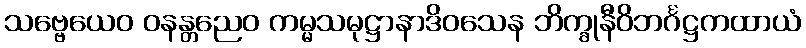
သဗ္ဗေယေဝ ဝနန္တညေဝ ကမ္မသမုဋ္ဌာနာဒိဝသေန ဘိက္ခုနီဝိဘင်္ဂဋ္ဌကထာယံ